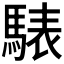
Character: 𩤕